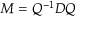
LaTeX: M = Q ^ { - 1 } D Q